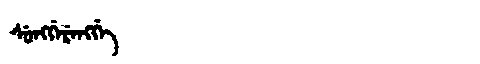
Manchu: ᠰᡠᠩᡤᡝᡵᡝᠩᡤᡝ
Romanization: SUNGGERENGGE